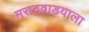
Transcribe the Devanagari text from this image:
मराठवाडयाला